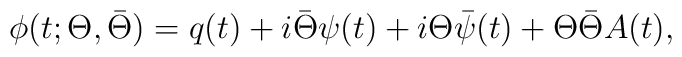
\phi (t;\Theta ,\bar{\Theta }) = q(t) + i\bar{\Theta }\psi (t) + i\Theta\bar{\psi }(t) + \Theta \bar{\Theta }A(t),